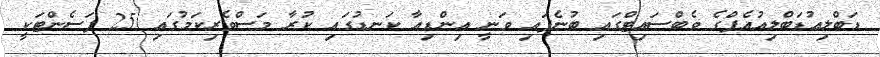
ޑަބްލިއުޑަބްލިއުއެފްގެ ވެބްސައިޓްގައި ބުނެފައި ވަނީ އިންޑިއާ ކަނޑުގައި ކުރާ މަސްވެރިކަމުގައި 25 ޕަސެންޓަކީ